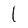
Character: l